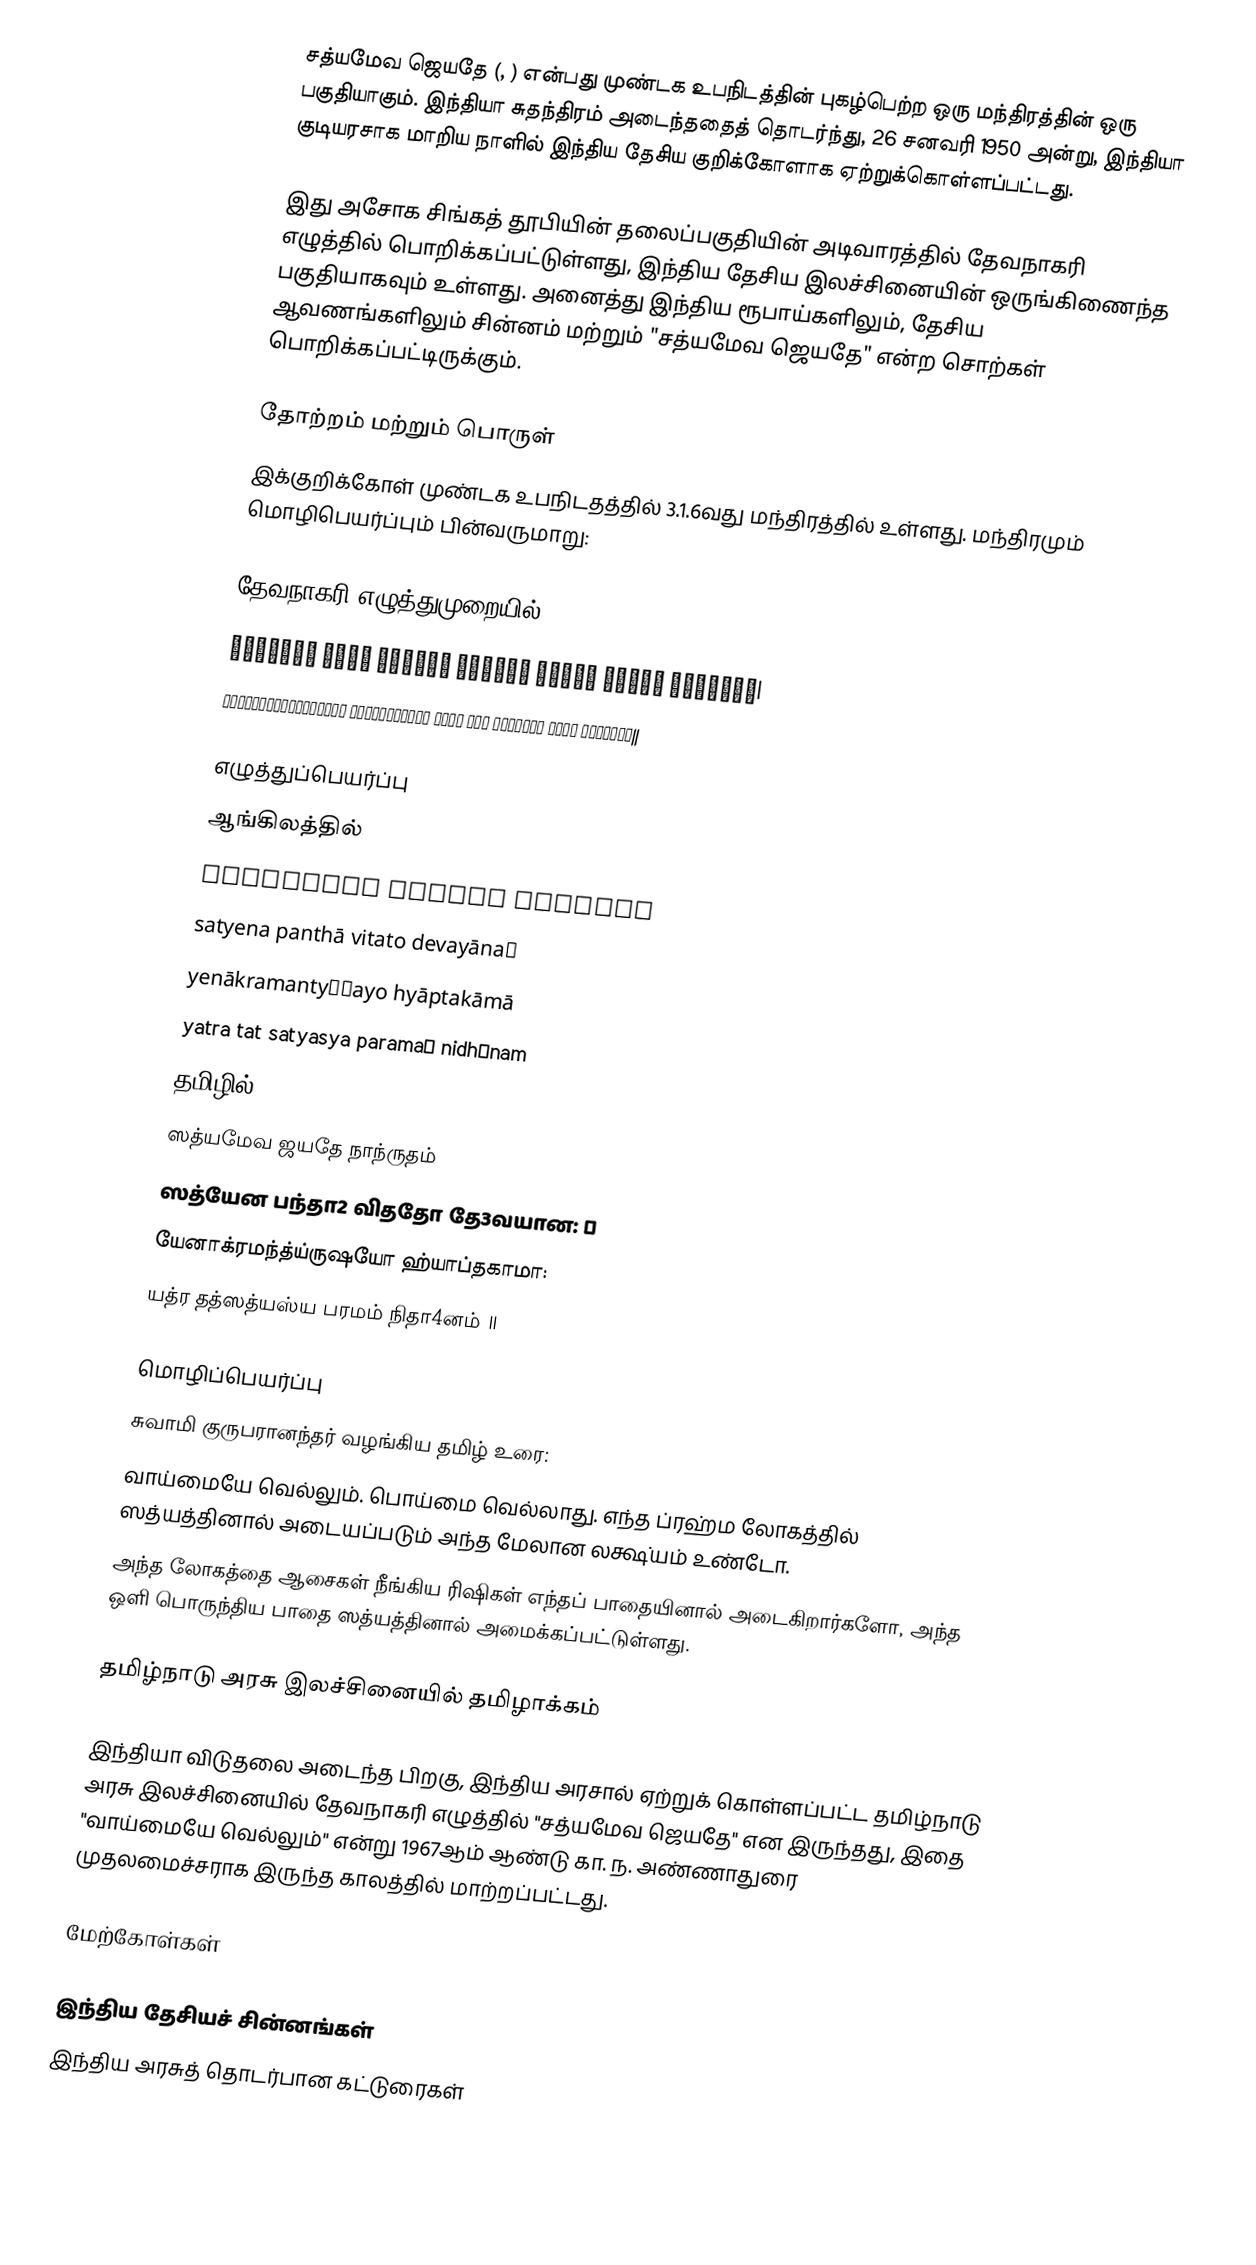
சத்யமேவ ஜெயதே (, ) என்பது முண்டக உபநிடத்தின் புகழ்பெற்ற ஒரு மந்திரத்தின் ஒரு பகுதியாகும். இந்தியா சுதந்திரம் அடைந்ததைத் தொடர்ந்து, 26 சனவரி 1950 அன்று, இந்தியா குடியரசாக மாறிய நாளில் இந்திய தேசிய குறிக்கோளாக ஏற்றுக்கொள்ளப்பட்டது.

இது அசோக சிங்கத் தூபியின் தலைப்பகுதியின் அடிவாரத்தில் தேவநாகரி எழுத்தில் பொறிக்கப்பட்டுள்ளது, இந்திய தேசிய இலச்சினையின் ஒருங்கிணைந்த பகுதியாகவும் உள்ளது. அனைத்து இந்திய ரூபாய்களிலும், தேசிய ஆவணங்களிலும் சின்னம் மற்றும் "சத்யமேவ ஜெயதே" என்ற சொற்கள் பொறிக்கப்பட்டிருக்கும்.

தோற்றம் மற்றும் பொருள்
இக்குறிக்கோள் முண்டக உபநிடதத்தில் 3.1.6வது மந்திரத்தில் உள்ளது. மந்திரமும் மொழிபெயர்ப்பும் பின்வருமாறு:

தேவநாகரி எழுத்துமுறையில்
सत्यमेव जयते नानृतं सत्येन पन्था विततो देवयानः।
येनाक्रमन्त्यृषयो ह्याप्तकामा यत्र तत् सत्यस्य परमं निधानम्॥

எழுத்துப்பெயர்ப்பு
 ஆங்கிலத்தில்
satyameva jayate nānṛtaṃ
satyena panthā vitato devayānaḥ
yenākramantyṛṣayo hyāptakāmā
yatra tat satyasya paramaṃ nidhānam
தமிழில்
ஸத்யமேவ ஜயதே நாந்ருதம்
ஸத்யேன பந்தா2 விததோ தே3வயான: ।
யேனாக்ரமந்த்ய்ருஷயோ ஹ்யாப்தகாமா:
யத்ர தத்ஸத்யஸ்ய பரமம் நிதா4னம் ॥

மொழிப்பெயர்ப்பு
சுவாமி குருபரானந்தர் வழங்கிய தமிழ் உரை:
வாய்மையே வெல்லும். பொய்மை வெல்லாது. எந்த ப்ரஹ்ம லோகத்தில் ஸத்யத்தினால் அடையப்படும் அந்த மேலான லக்ஷ்யம் உண்டோ.
அந்த லோகத்தை ஆசைகள் நீங்கிய ரிஷிகள் எந்தப் பாதையினால் அடைகிறார்களோ, அந்த ஒளி பொருந்திய பாதை ஸத்யத்தினால் அமைக்கப்பட்டுள்ளது.

தமிழ்நாடு அரசு இலச்சினையில் தமிழாக்கம்

இந்தியா விடுதலை அடைந்த பிறகு, இந்திய அரசால் ஏற்றுக் கொள்ளப்பட்ட தமிழ்நாடு அரசு இலச்சினையில் தேவநாகரி எழுத்தில் "சத்யமேவ ஜெயதே" என இருந்தது, இதை "வாய்மையே வெல்லும்" என்று 1967ஆம் ஆண்டு கா. ந. அண்ணாதுரை முதலமைச்சராக இருந்த காலத்தில் மாற்றப்பட்டது.

மேற்கோள்கள்

இந்திய தேசியச் சின்னங்கள்
இந்திய அரசுத் தொடர்பான கட்டுரைகள்